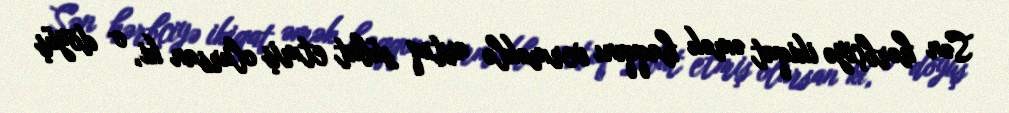
Sən hərbçiyə ikiqat əmək haqqını verməklə artıq sübut etmiş olursan ki, o döyüş